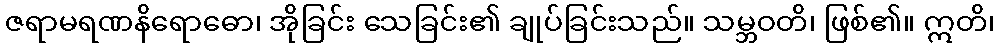
ဇရာမရဏနိရောဓော၊ အိုခြင်း သေခြင်း၏ ချုပ်ခြင်းသည်။ သမ္ဘဝတိ၊ ဖြစ်၏။ ဣတိ၊